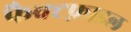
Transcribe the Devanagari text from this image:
फैक्टफ़ाइल